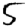
Digit: 5